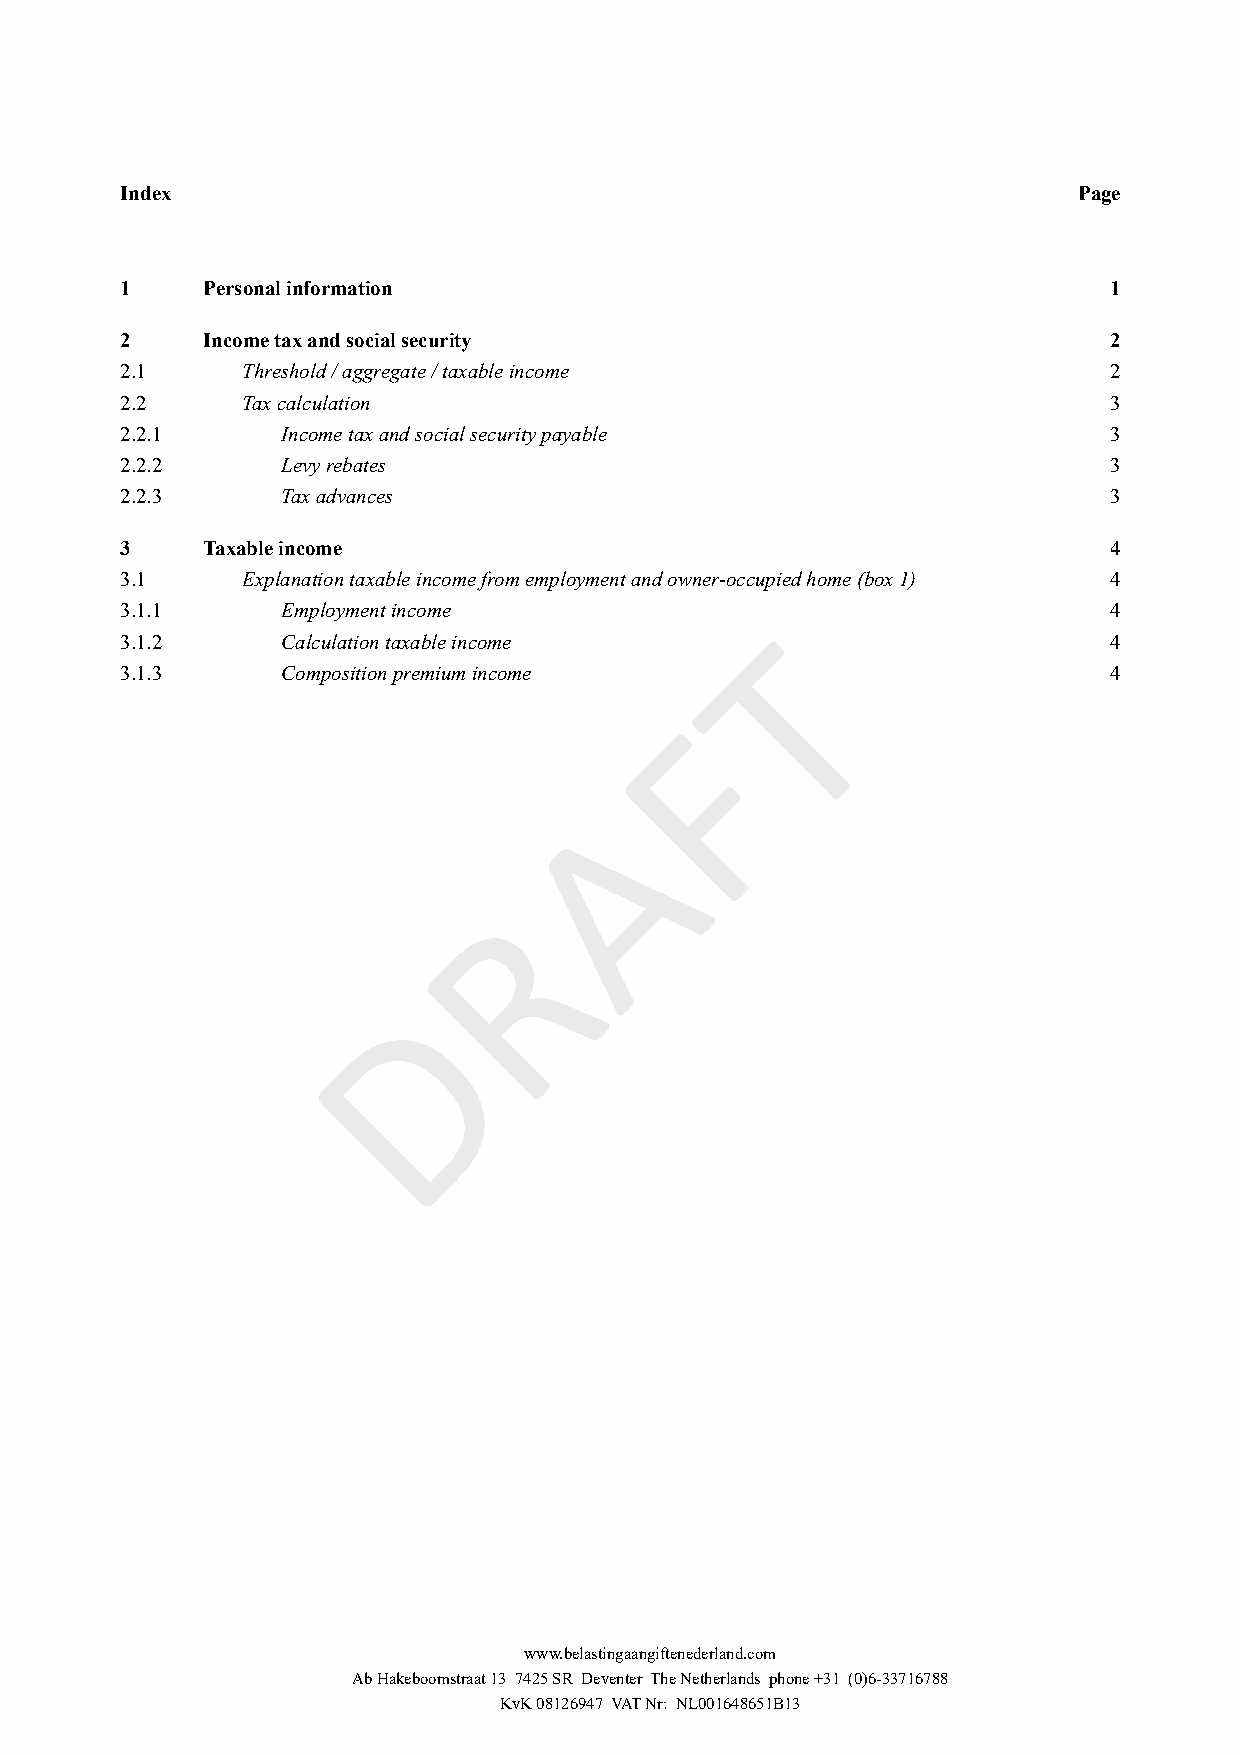
Index                                                          Page
 1    Personal information                                        1
 2    Income tax and social security                              2
 2.1     Threshold / aggregate / taxable income                   2
 2.2     Tax calculation                                          3
 2.2.1      Income tax and social security payable                3
 2.2.2      Levy rebates                                          3
 2.2.3      Tax advances                                          3
 3    Taxable income                                              4
 3.1     Explanation taxable income from employment and owner-occupied home (box 1) 4
 3.1.1      Employment income                                     4
 T
 3.1.2      Calculation taxable income                            4
 3.1.3      Composition premium income                            4
 F
 A
 R
 D
 www.belastingaangiftenederland.com
 Ab Hakeboomstraat 13 7425 SR Deventer The Netherlands phone +31 (0)6-33716788
 KvK 08126947 VAT Nr: NL001648651B13